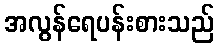
အလွန်ရေပန်းစားသည်